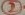
Text: 2